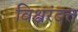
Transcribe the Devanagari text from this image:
विश्वरंदत्त